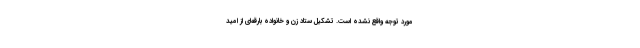
مورد توجه واقع نشده است. تشکیل ستاد زن و خانواده بارقه‌ای از امید